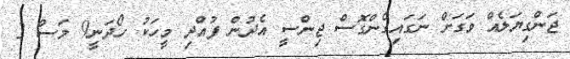
ޖަންގިޔަލެއް ވަގަށް ނަގައިގެންގޮސް ޖިންސީ އެދުން ފުއްދި މީހަކު ހޯދަނީ9 މަސް 2